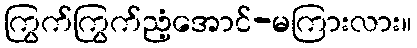
ကြွက်ကြွက်ညံ့အောင်-မကြားလား။